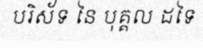
បរិស័ទ នៃ បុគ្គល ដទៃ